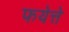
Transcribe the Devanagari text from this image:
फयेत्ते